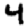
Digit: 4